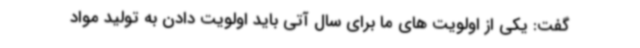
گفت: یکی از اولویت های ما برای سال آتی باید اولویت دادن به تولید مواد